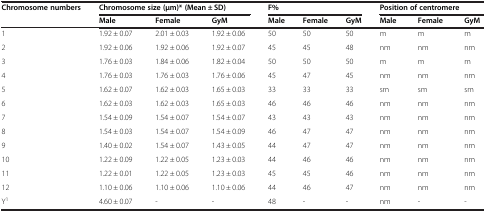
<table><thead><tr><td><b>Chromosome numbers</b></td><td colspan="3"><b>Chromosome size (μm)* (Mean ± SD)</b></td><td colspan="3"><b>F%</b></td><td colspan="3"><b>Position of centromere</b></td></tr><tr><td></td><td><b>Male</b></td><td><b>Female</b></td><td><b>GyM</b></td><td><b>Male</b></td><td><b>Female</b></td><td><b>GyM</b></td><td><b>Male</b></td><td><b>Female</b></td><td><b>GyM</b></td></tr></thead><tbody><tr><td>1</td><td>1.92 ± 0.07</td><td>2.01 ± 0.03</td><td>1.92 ± 0.06</td><td>50</td><td>50</td><td>50</td><td>m</td><td>m</td><td>m</td></tr><tr><td>2</td><td>1.92 ± 0.06</td><td>1.92 ± 0.06</td><td>1.92 ± 0.07</td><td>45</td><td>45</td><td>48</td><td>nm</td><td>nm</td><td>nm</td></tr><tr><td>3</td><td>1.76 ± 0.03</td><td>1.84 ± 0.06</td><td>1.82 ± 0.04</td><td>50</td><td>50</td><td>50</td><td>m</td><td>m</td><td>m</td></tr><tr><td>4</td><td>1.76 ± 0.03</td><td>1.76 ± 0.03</td><td>1.76 ± 0.06</td><td>45</td><td>47</td><td>45</td><td>nm</td><td>nm</td><td>nm</td></tr><tr><td>5</td><td>1.62 ± 0.07</td><td>1.62 ± 0.03</td><td>1.65 ± 0.03</td><td>33</td><td>33</td><td>33</td><td>sm</td><td>sm</td><td>sm</td></tr><tr><td>6</td><td>1.62 ± 0.03</td><td>1.62 ± 0.03</td><td>1.65 ± 0.03</td><td>46</td><td>46</td><td>46</td><td>nm</td><td>nm</td><td>nm</td></tr><tr><td>7</td><td>1.54 ± 0.09</td><td>1.54 ± 0.07</td><td>1.54 ± 0.07</td><td>43</td><td>43</td><td>43</td><td>nm</td><td>nm</td><td>nm</td></tr><tr><td>8</td><td>1.54 ± 0.03</td><td>1.54 ± 0.07</td><td>1.54 ± 0.09</td><td>46</td><td>47</td><td>47</td><td>nm</td><td>nm</td><td>nm</td></tr><tr><td>9</td><td>1.40 ± 0.02</td><td>1.54 ± 0.07</td><td>1.43 ± 0.05</td><td>44</td><td>47</td><td>47</td><td>nm</td><td>nm</td><td>nm</td></tr><tr><td>10</td><td>1.22 ± 0.09</td><td>1.22 ± 0.05</td><td>1.23 ± 0.03</td><td>44</td><td>46</td><td>46</td><td>nm</td><td>nm</td><td>nm</td></tr><tr><td>11</td><td>1.22 ± 0.01</td><td>1.22 ± 0.05</td><td>1.23 ± 0.03</td><td>45</td><td>45</td><td>46</td><td>nm</td><td>nm</td><td>nm</td></tr><tr><td>12</td><td>1.10 ± 0.06</td><td>1.10 ± 0.06</td><td>1.10 ± 0.06</td><td>44</td><td>46</td><td>47</td><td>nm</td><td>nm</td><td>nm</td></tr><tr><td>Y<sup>1</sup></td><td>4.60 ± 0.07</td><td>-</td><td>-</td><td>48</td><td>-</td><td>-</td><td>nm</td><td>-</td><td>-</td></tr></tbody></table>